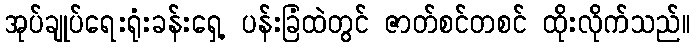
အုပ်ချုပ်ရေးရုံးခန်းရှေ့ ပန်းခြံထဲတွင် ဇာတ်စင်တစင် ထိုးလိုက်သည်။